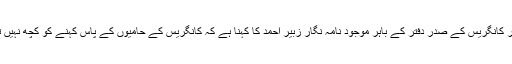
ادھر کانگریس کے صدر دفتر کے باہر موجود نامہ نگار زبیر احمد کا کہنا ہے کہ کانگریس کے حامیوں کے پاس کہنے کو کچھ نہیں تھا۔